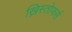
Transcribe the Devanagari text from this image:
ख्रिस्तोफर्स